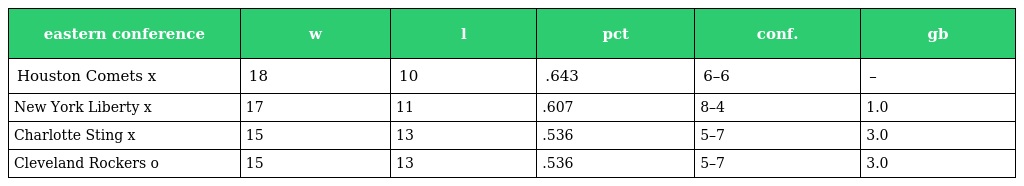
| eastern conference | w | l | pct | conf. | gb |
 | --- | --- | --- | --- | --- | --- |
 | Houston Comets x | 18 | 10 | .643 | 6–6 | – |
 | New York Liberty x | 17 | 11 | .607 | 8–4 | 1.0 |
 | Charlotte Sting x | 15 | 13 | .536 | 5–7 | 3.0 |
 | Cleveland Rockers o | 15 | 13 | .536 | 5–7 | 3.0 |